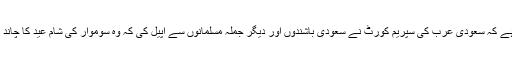
خیال رہے کہ سعودی عرب کی سپریم کورٹ نے سعودی باشندوں اور دیگر جملہ مسلمانوں سے اپیل کی کہ وہ سوموار کی شام عید کا چاند دیکھیں۔